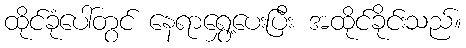
ထိုင်ခုံပေါ်တွင် နေရာရွှေ့ပေးပြီး အထိုင်ခိုင်းသည်။